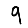
Digit: 9